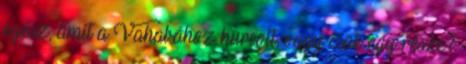
egész, amit a Vahabához hurcolt, vagy csak egy része?